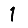
Digit: 1